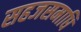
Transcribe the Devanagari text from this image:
सहजसमाधि